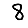
Digit: 8